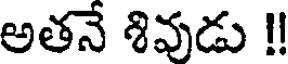
అతనే శివుడు !!